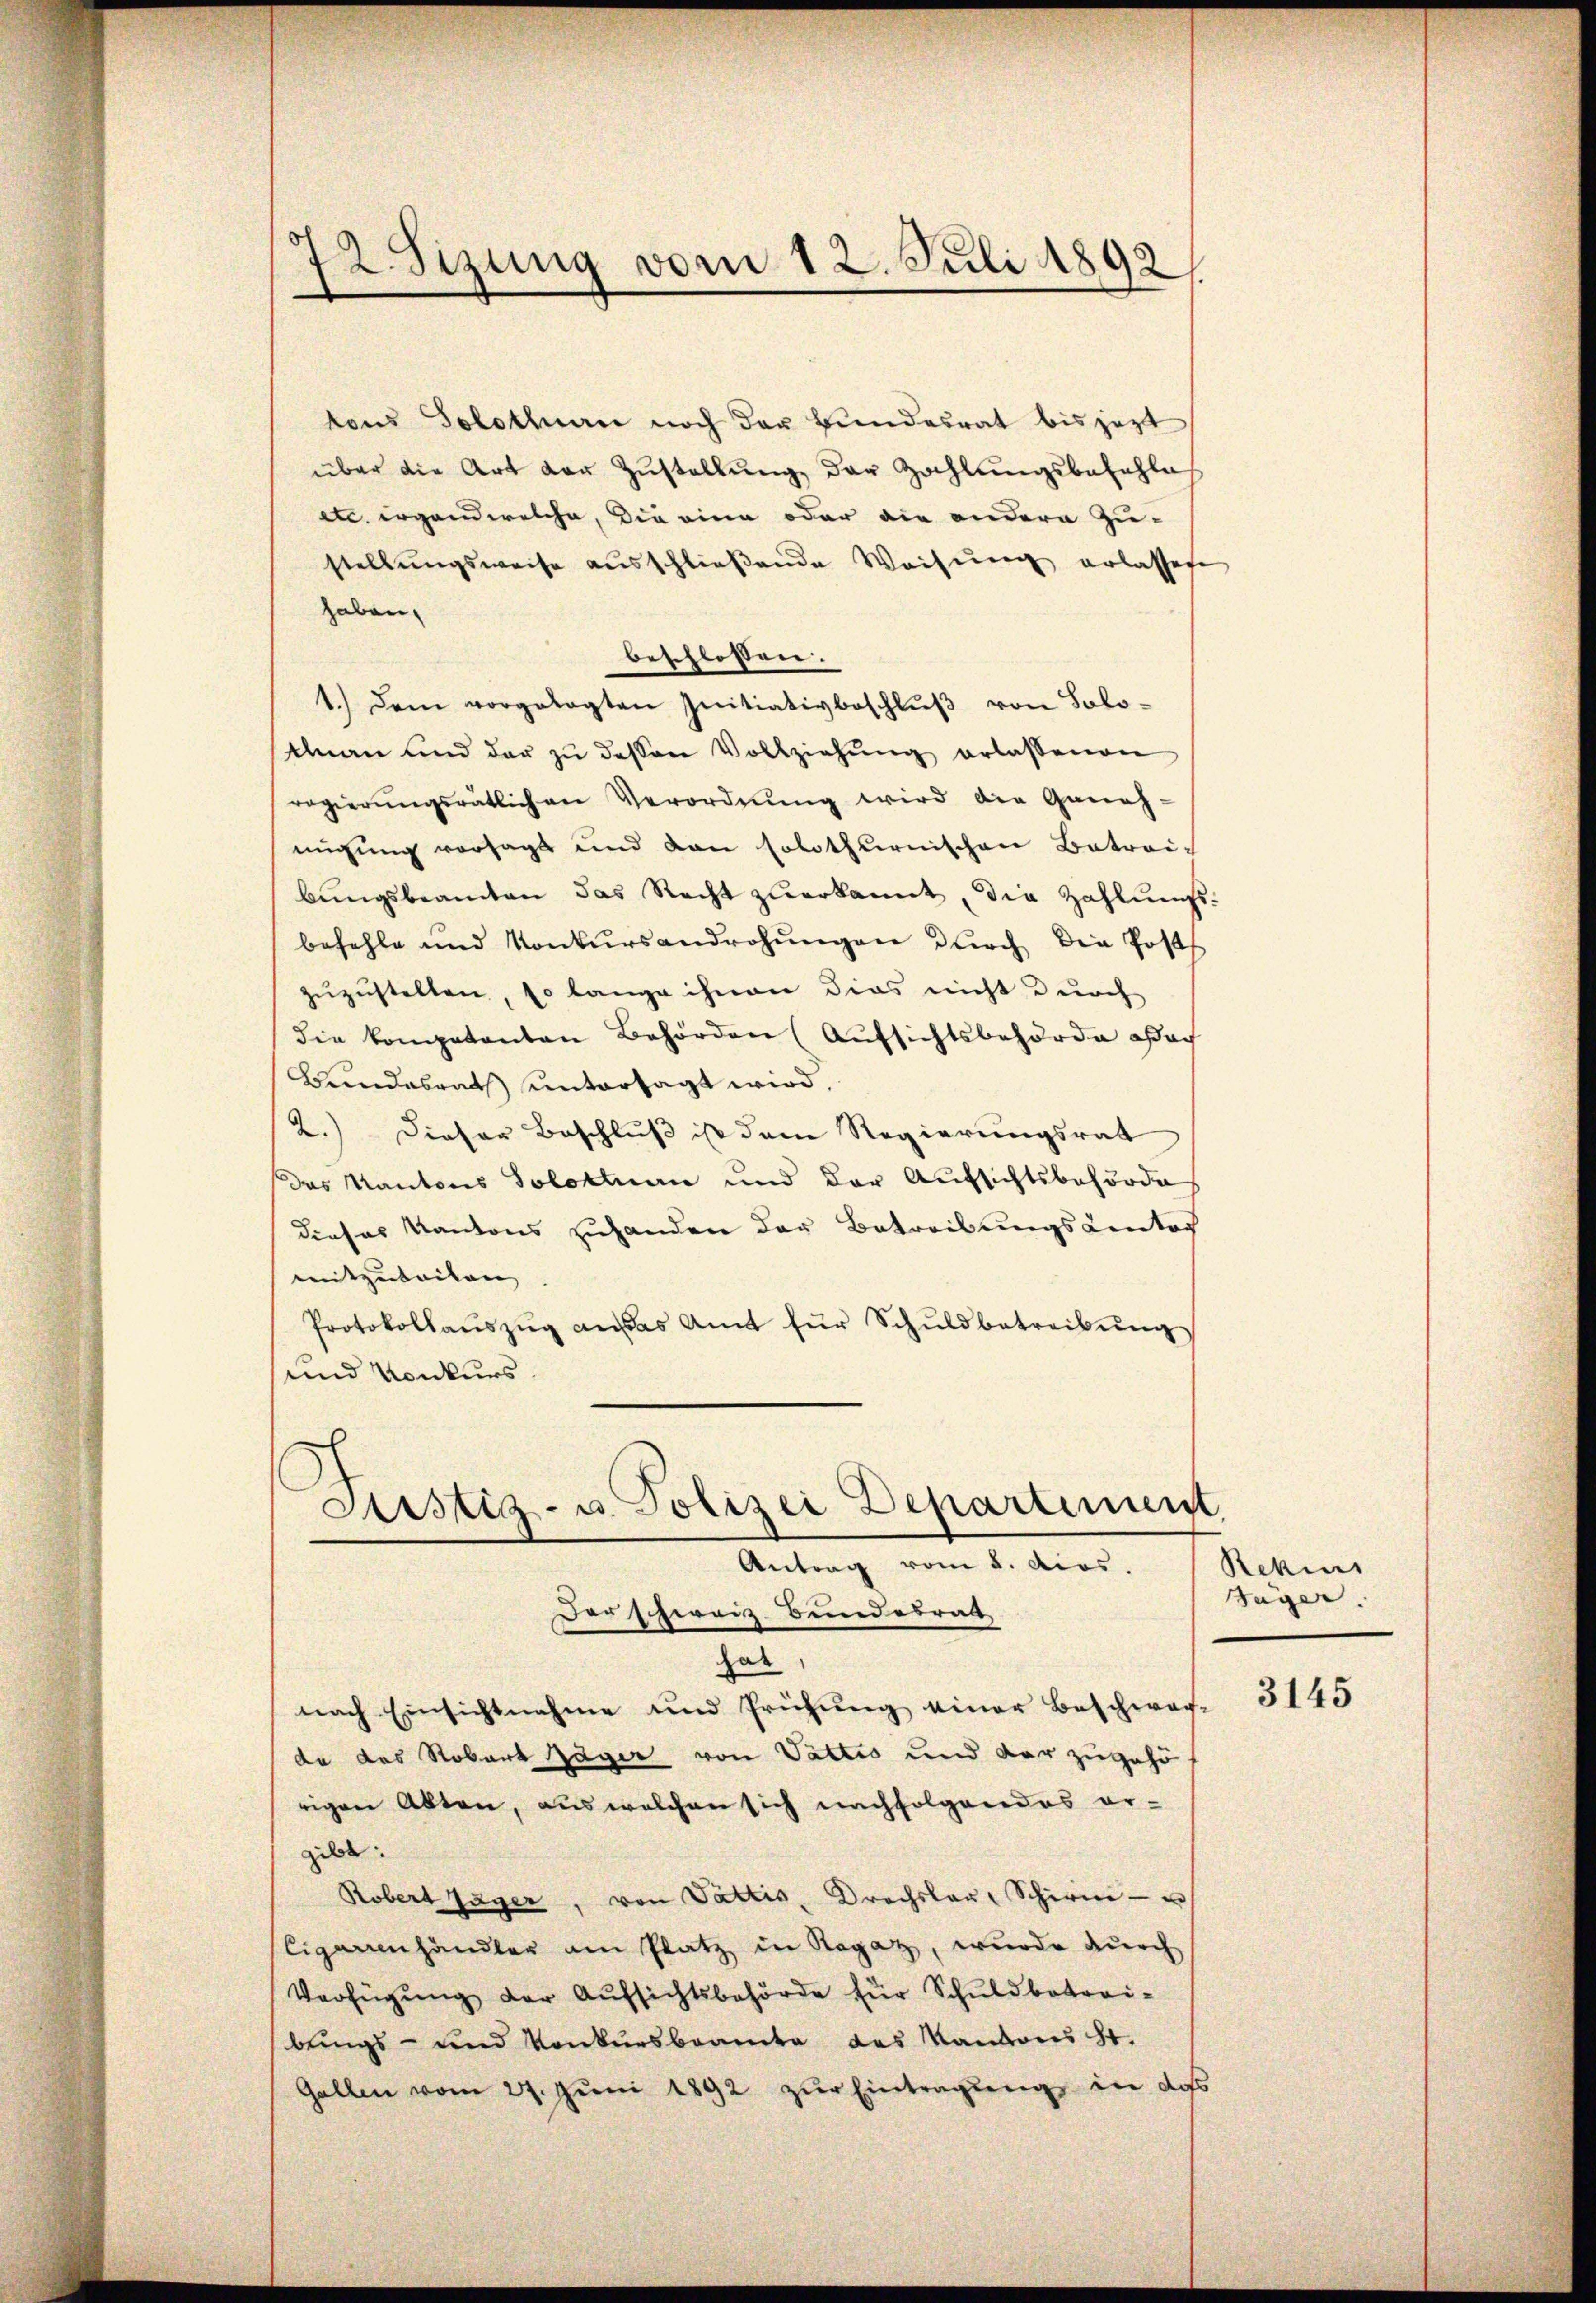
2. Sizung vom 12. Juli 1892
e

tons Solothurn noch der Bundesrat bis jezt
über die Art der Zustellung der Zahlungsbezahles
etc. irgendwelche, die eine oder die andern Zu-
stellŭngsweise aŭsschlieβende Weisŭng erlassen
haben.
beschlossen.
1.) Dem vorgelegten Initiativbeschlŭβ von Solo-
tnau und der zŭ dessen Vollziehŭng erlassenen
regierŭngsrätlichen Verordnŭng wird die Geneh-
nügung vorsagt und dan solothurnischen Betrei-
bŭngsbeamten das Recht zuerkannt, die Zahlungsbefehle und Konkŭrsandrohŭngen durch die Posts
zuzustellen, so lange ihnen dies nicht durch
die kompetenten Behörden (Aufsichtsbehörde sach
Bandabrath untersagt wird.
2.) Dieser Beschluß ist dem Regierungsrat
das Kantons Solottuan und der Aufsichtsbehörde
dieses Kantons zuhanden der Betreibungstentor
mitzuteilen |
Protokollaŭszŭg an das Amt für Schuldbetreibŭng
und Konkurs
ustiz- u. Polizei Departement
Antrag vom 5. Apos.
Der schweiz. Bundesrat
hab
nach Einsichtnahme und Prüfung einer Beschwer-
da das Robert Jäger von Vattes und der zugehö
rigen Akten, aus welchen sich nachfolgendes er-
gibt:
Robert Jäger, von Vattis, Krachsler, Schire u
Cigarrenhändler am Platz in Rogaz, wurde durch
Verfügung der Aufsichtsbehörde für Schuldbetreibungs- und Konkursbeamte des Kantons St.
Gallen vom 27. Jŭni 1892 zŭr Eintragung in dass

Rekins
Sager.

3145